system: You are a helpful assistant.
user:
Analyze the provided spectrum to determine if it is a **"Cataclysmic Variables (CV)"**.

- **Key Indicators for CV (Check for either state):**
    - **State 1: Quiescent / Low-State (Emission-Dominated)**
        - **(Primary):** Strong and *very broad* Hydrogen Balmer emission lines (e.g., $H\alpha$ at 6563 Å, $H\beta$ at 4861 Å). The 'broadness' (high velocity dispersion, often FWHM > 1000 km/s) is the key diagnostic, indicating a high-velocity accretion disk.
        - **(Secondary):** Broad neutral Helium (He I) emission lines (e.g., 5876 Å, 6678 Å).
        - **(Key Confirmation):** Presence of high-excitation *ionized* Helium (He II) emission at 4686 Å. This is a strong indicator of accretion onto a white dwarf.
        - **(Line Profile):** Emission lines may exhibit a 'double-peaked' profile, which is a classic signature of a rotating accretion disk viewed at high inclination.

    - **State 2: Outburst / High-State (Absorption-Dominated)**
        - **(Primary):** Spectrum is dominated by a bright, blue continuum (looks like a hot star).
        - **(Secondary):** The emission lines from State 1 are weak, absent, or 'filled in', and are replaced by broad, shallow *absorption* lines (primarily Balmer and He I).
        - **(Morphology):** The overall spectrum mimics a hot B/A-type star. The crucial difference is that the absorption lines are significantly broader, shallower, and more 'washed-out' (or 'smeared') than the sharp lines of a normal stellar photosphere, due to high rotational speeds and pressure broadening in the disk.

Think first, call **spectral_visualization_tool** if needed to examine features in detail, then provide your final answer. Your response must adhere to the following strict rules:
1.  **Overall Structure:** Your response must follow the format `<think>...</think> <tool_call>...</tool_call> (if a tool is used) <answer>...</answer>`.
2.  **Tool Usage Constraint:** You may only make **one** tool call per turn.
3.  **Final Answer Format:** In the `<answer>` tag, your conclusion must be inside a `\boxed{}` command (e.g., `\boxed{YES}`), followed by your justification.

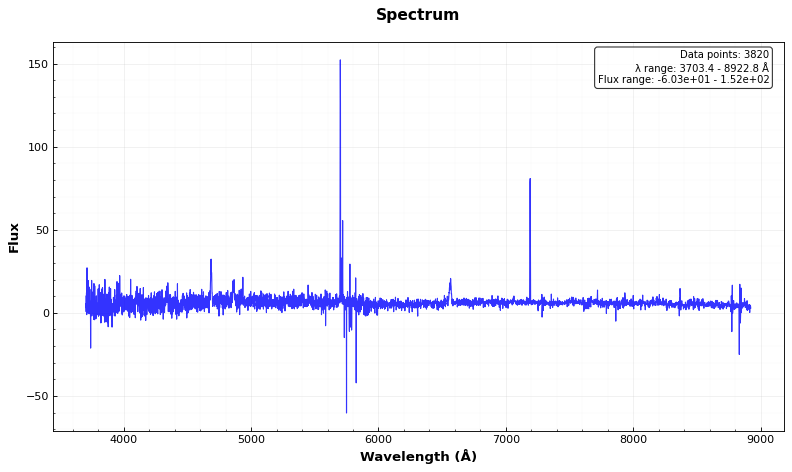
Answer: YES